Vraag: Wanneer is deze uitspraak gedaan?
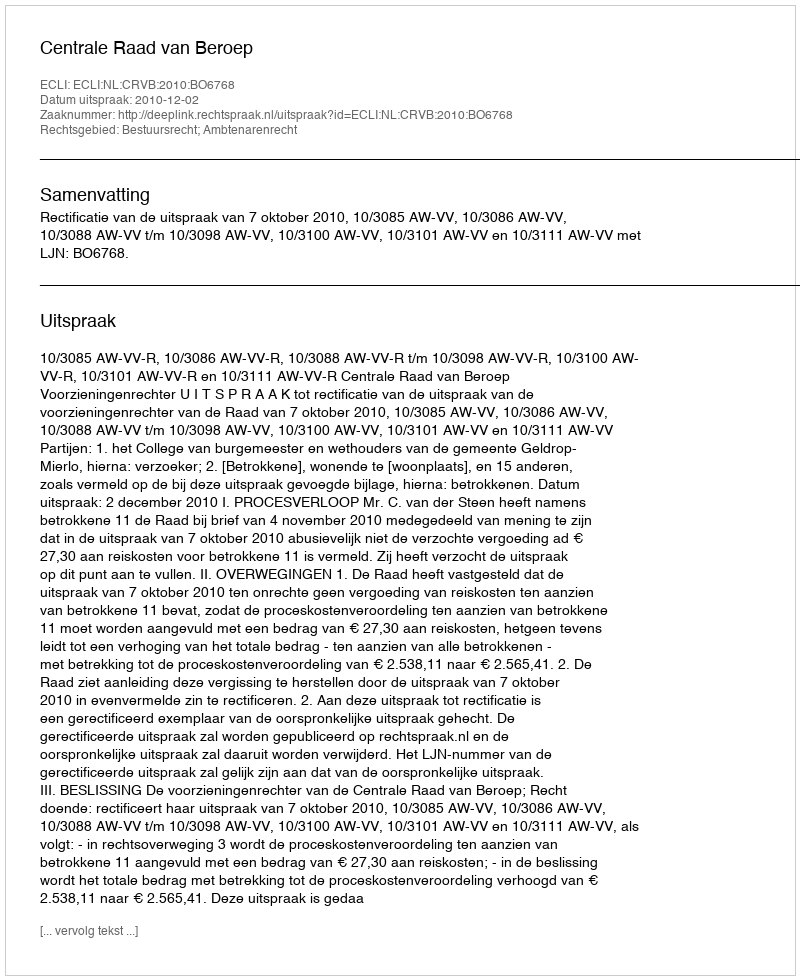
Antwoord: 2010-12-02